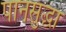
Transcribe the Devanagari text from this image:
पानसुद्धा